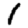
Digit: 1